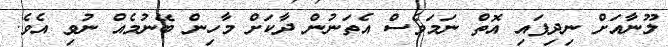
ލޫނާއަށް ނިދިފައި އޮތް ނަމަވެސް އެތަނުން ދާކަށް މާހިން ބޭނުމެއް ނުވި އެވެ.